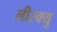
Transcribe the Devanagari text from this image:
लीस्क्यु